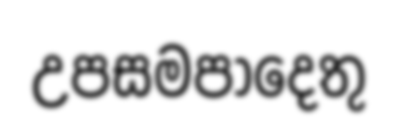
උපසමපාදෙතු